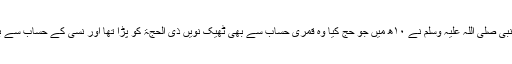
اس تحقیق میں اس مسلم حقیقت سے بڑی رہنمائی مل سکتی ہے کہ نبی صلی اللہ علیہ وسلم نے ۱۰ھ میں جو حج کیا وہ قمری حساب سے بھی ٹھیک نویں ذی الحجۃ کو پڑا تھا اور نسی کے حساب سے بھی اس کی تاریخ یہی تھی، گویا دونوں جنتریوں کا قِران ہو گیا تھا۔